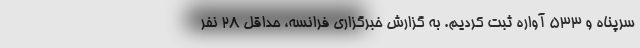
سرپناه و ۵۳۳ آواره ثبت کردیم. به گزارش خبرگزاری فرانسه، حداقل ۲۸ نفر